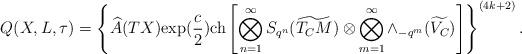
LaTeX: \begin{align*}&Q(X,L,\tau)=\left\{\widehat{A}(TX){\rm exp}(\frac{c}{2}){\rm ch}\left[\bigotimes _{n=1}^{\infty}S_{q^n}(\widetilde{T_CM})\otimes\bigotimes _{m=1}^{\infty}\wedge_{-q^m}(\widetilde{V_C})\right]\right\}^{(4k+2)}.\end{align*}